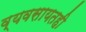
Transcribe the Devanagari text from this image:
व्यवसायतही